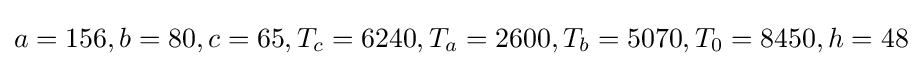
a=156,b=80,c=65,T_{c}=6240,T_{a}=2600,T_{b}=5070,T_{0}=8450,h=48